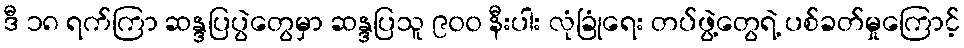
ဒီ ၁၈ ရက်ကြာ ဆန္ဒပြပွဲတွေမှာ ဆန္ဒပြသူ ၉၀၀ နီးပါး လုံခြုံရေး တပ်ဖွဲ့တွေရဲ့ ပစ်ခတ်မှုကြောင့်